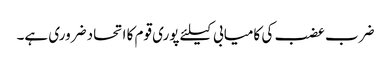
ضرب عضب کی کامیابی کیلئے پوری قوم کا اتحاد ضروری ہے۔